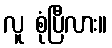
လူ စုံပြီလား။